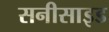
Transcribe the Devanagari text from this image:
सनीसाइड